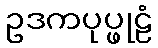
ဥဒကပုပ္ဖုဠံ